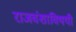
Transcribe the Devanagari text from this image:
राजवंशाविषयी